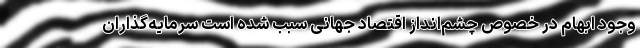
وجود ابهام در خصوص چشم‌انداز اقتصاد جهانی سبب شده است سرمایه‌گذاران